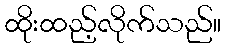
ထိုးထည့်လိုက်သည်။